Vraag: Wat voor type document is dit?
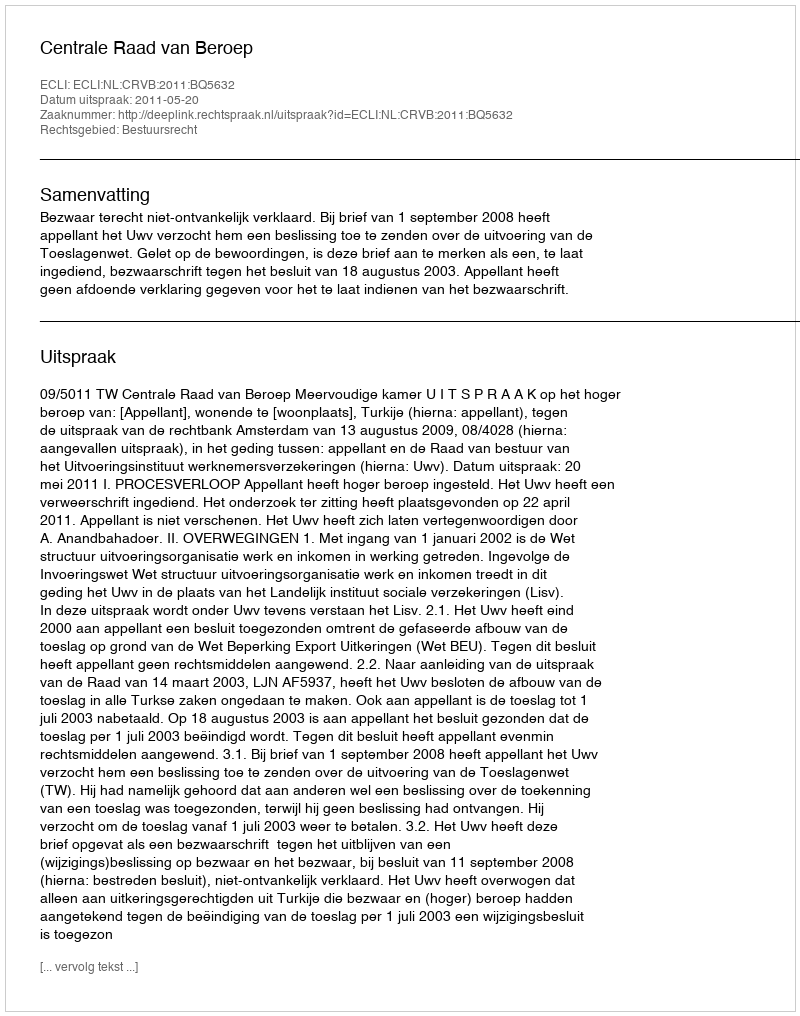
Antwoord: Uitspraak